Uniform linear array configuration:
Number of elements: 24
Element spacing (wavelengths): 1
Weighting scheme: exponential
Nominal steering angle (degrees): -30
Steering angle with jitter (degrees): -30.174
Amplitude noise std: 0.05
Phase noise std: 0.05

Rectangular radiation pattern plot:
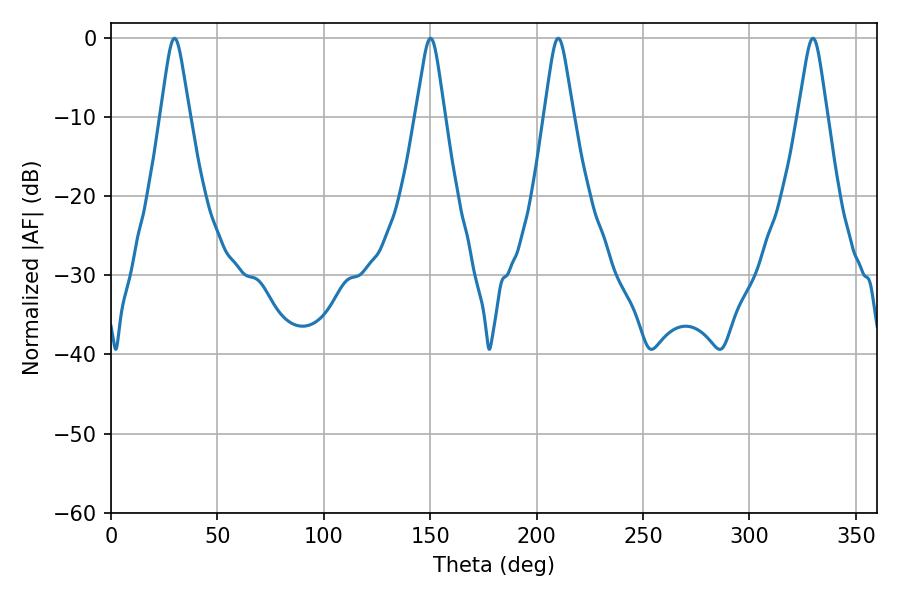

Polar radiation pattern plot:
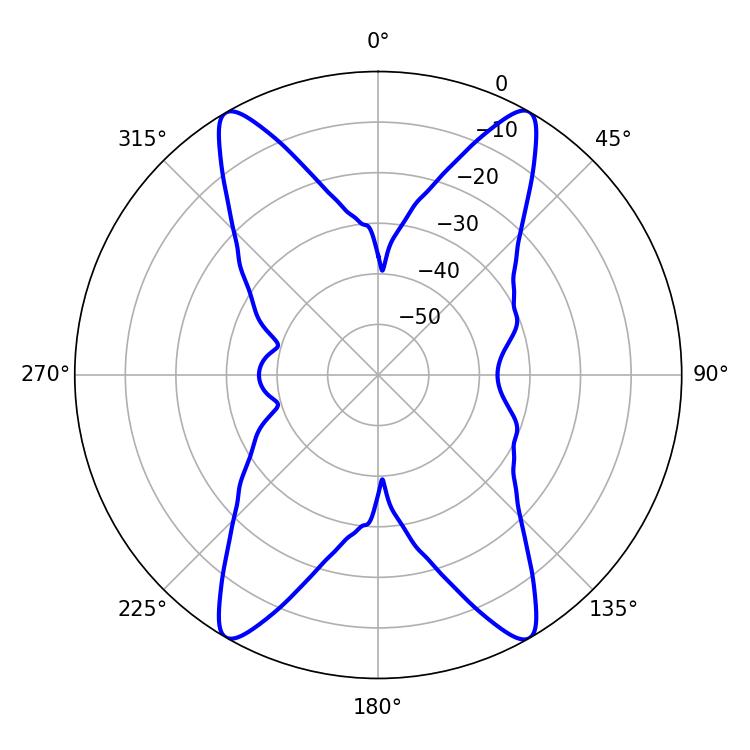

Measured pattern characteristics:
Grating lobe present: TRUE
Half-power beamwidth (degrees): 6.48
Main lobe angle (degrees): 29.88